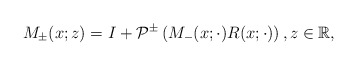
\begin{align*}M_{\pm}(x;z)=I+\mathcal{P}^{\pm}\left(M_{-}(x; \cdot) R(x ;\cdot)\right) , z \in \mathbb{R},\end{align*}